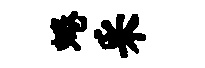
蜷采